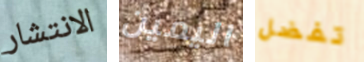
الانتشار اليمين تفضل